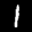
Label: 1